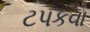
ટપકવા